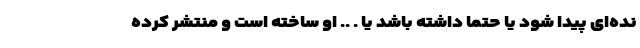
نده‌ای پیدا شود یا حتما داشته باشد یا . .. او ساخته است و منتشر کرده